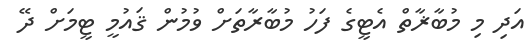
އަދި މި މުބާޜާތް އެޓީގެ ފަހު މުބާރާތަށް ވުމުން ޤައުމީ ޓީމަށް ދޭ